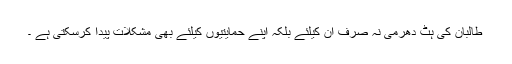
طالبان کی ہٹ دھرمی نہ صرف ان کیلئے بلکہ اپنے حمایتیوں کیلئے بھی مشکلات پیدا کرسکتی ہے ۔